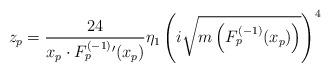
LaTeX: \begin{align*}z_p=\frac{24}{x_p\cdot F^{(-1)}_p{'}(x_p)}\eta_1\left(i\sqrt{m\left(F^{(-1)}_p(x_p)\right)}\right)^4\end{align*}